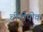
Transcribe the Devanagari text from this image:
चीनीपीक